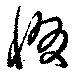
惙